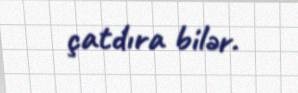
çatdıra bilər.